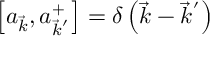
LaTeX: \left[ a _ { \vec { k } } , a _ { { \vec { k } } ^ { ' } } ^ { + } \right] = \delta \left( \vec { k } - { \vec { k } } ^ { ' } \right)